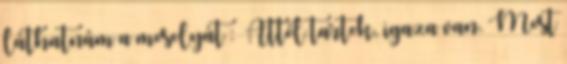
láthatnám a mosolyát : Attól tartok, igaza van. Most